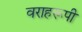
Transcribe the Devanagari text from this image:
वराहरूपी